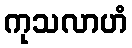
ကုသလာဟံ